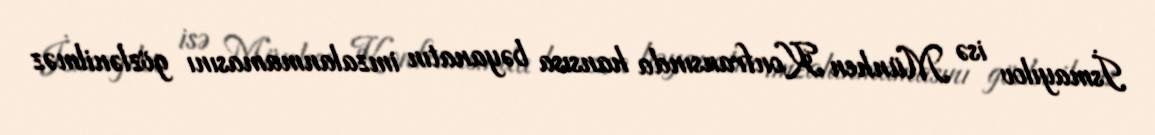
İsmayılov isə Münhen Konfransında hansısa bəyanatın imzalanmamasını gözlənilməz